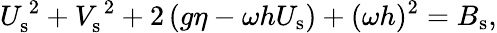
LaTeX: {U}_{\mathrm{s}}^{\, 2}+{V}_{\mathrm{s}}^{\, 2}+2\left(g\eta-\omega h{U}_{\mathrm{s}}\right)+(\omega h)^{2}={B}_{\mathrm{s}},